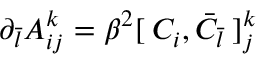
\partial _ { \bar { l } } A _ { i j } ^ { k } = \beta ^ { 2 } [ \: C _ { i } , { \bar { C } } _ { \bar { l } } \: ] _ { j } ^ { k }